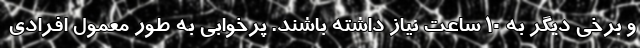
و برخی دیگر به 10 ساعت نیاز داشته باشند. پرخوابی به طور معمول افرادی